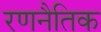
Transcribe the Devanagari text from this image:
रणनैतिक